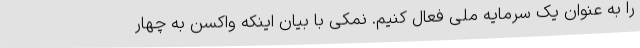
را به عنوان یک سرمایه ملی فعال کنیم. نمکی با بیان اینکه واکسن به چهار